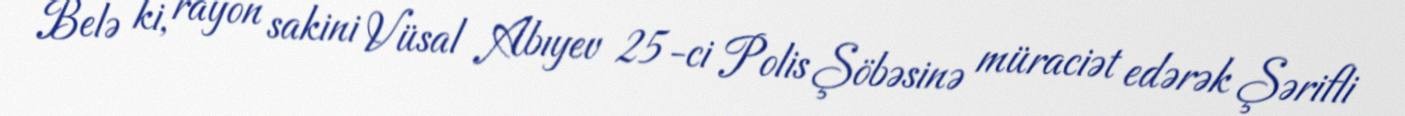
Belə ki, rayon sakini Vüsal Abıyev 25-ci Polis Şöbəsinə müraciət edərək Şərifli